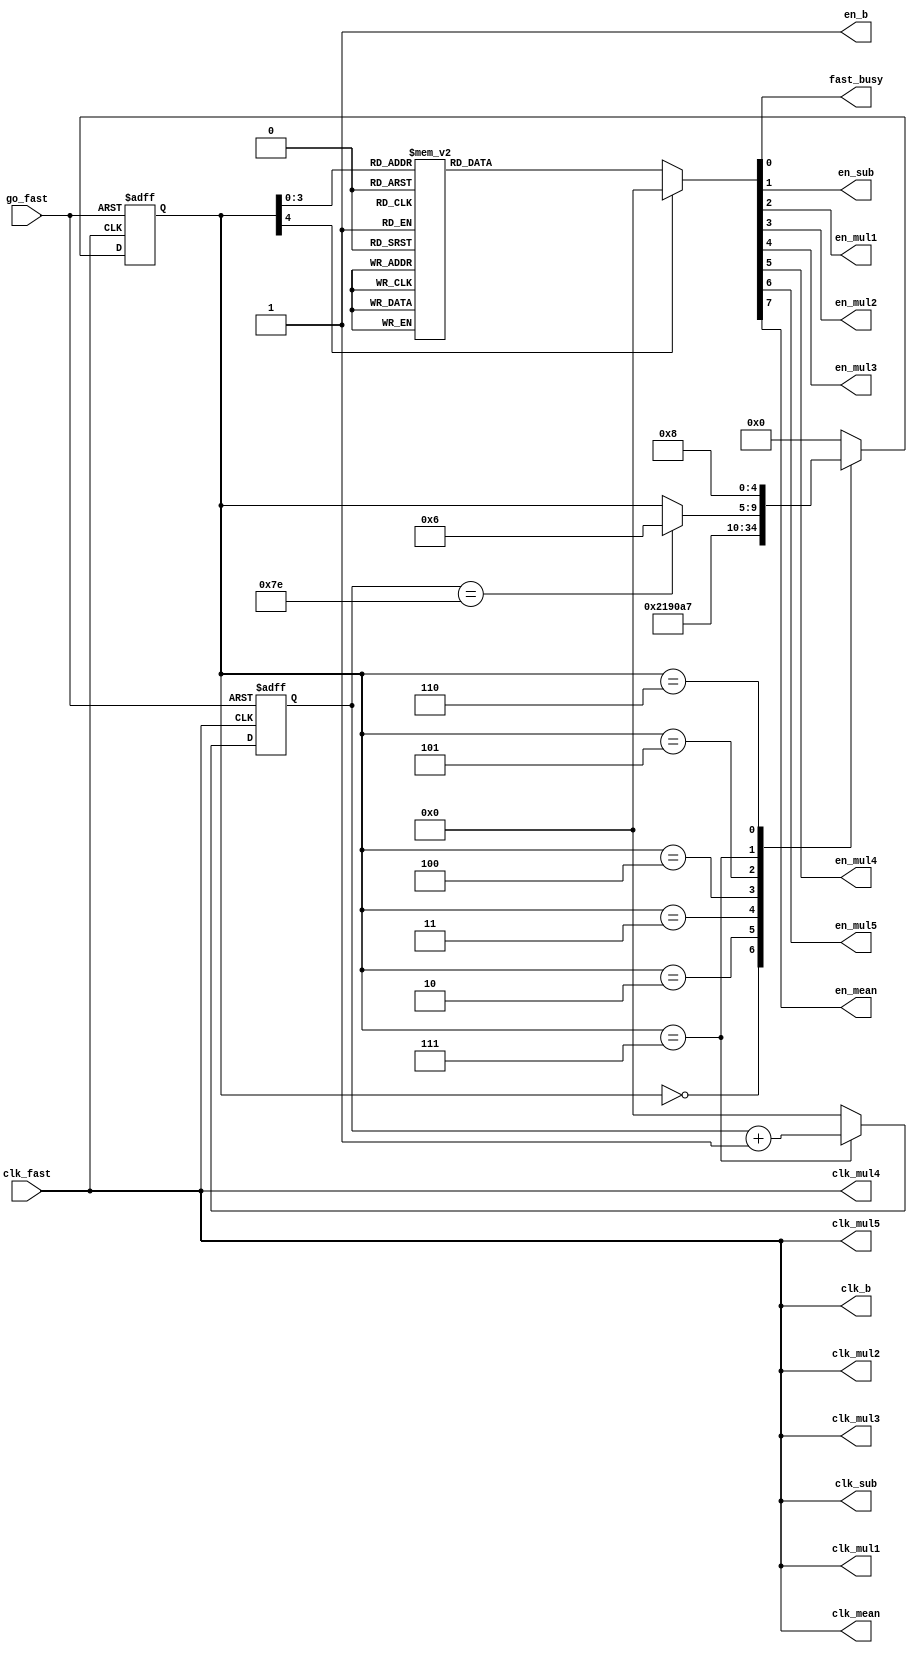
module ONE_UNIT_FAST_CONTROLLER #(
    parameter [4:0] INIT = 5'd0, // Enable B_DECISION
    parameter [4:0] MUL1 = 5'd2, // Enable mul
    parameter [4:0] MUL2 = 5'd3, // Enable mul
    parameter [4:0] MUL3 = 5'd4, // Enable mul
    parameter [4:0] MUL4 = 5'd5, // Enable mul
    parameter [4:0] MUL5 = 5'd6, // Enable mul
    parameter [4:0] MEAN = 5'd7, // Enable mean_calc for 128 clocks. Fast_Busy
    parameter [4:0] SUB = 5'd8, 
    parameter [4:0] PAUSE = 5'd9 // Disable every modules.
) (
    input clk_fast,
    input go_fast,

    output clk_b,
    output clk_sub,
    output clk_mul1,
    output clk_mul2,
    output clk_mul3,
    output clk_mul4,
    output clk_mul5,
    output clk_mean,

    output reg fast_busy,

    output reg en_b,
    output reg en_sub,
    output reg en_mul1,
    output reg en_mul2,
    output reg en_mul3,
    output reg en_mul4,
    output reg en_mul5,
    output reg en_mean
);

assign clk_b = clk_fast;
assign clk_sub = clk_fast;
assign clk_mul1 = clk_fast;
assign clk_mul2 = clk_fast;
assign clk_mul3 = clk_fast;
assign clk_mul4 = clk_fast;
assign clk_mul5 = clk_fast;
assign clk_mean = clk_fast;

reg [4:0] state;
reg [7:0] clk_cnt;

always @(*) begin
    en_b = 1'b1;
    case (state)
        INIT: begin
            fast_busy = 1'b0;
            // en_b = 1'b1;
            en_sub = 1'b0;
            en_mul1 = 1'b0;
            en_mul2 = 1'b0;
            en_mul3 = 1'b0;
            en_mul4 = 1'b0;
            en_mul5 = 1'b0;
            en_mean = 1'b0;
        end
        MUL1: begin
            fast_busy = 1'b1;
            // en_b = 1'b1;
            en_sub = 1'b0;
            en_mul1 = 1'b1;
            en_mul2 = 1'b0;
            en_mul3 = 1'b0;
            en_mul4 = 1'b0;
            en_mul5 = 1'b0;
            en_mean = 1'b0;
        end
        MUL2: begin
            fast_busy = 1'b1;
            // en_b = 1'b1;
            en_sub = 1'b0;
            en_mul1 = 1'b1;
            en_mul2 = 1'b1;
            en_mul3 = 1'b0;
            en_mul4 = 1'b0;
            en_mul5 = 1'b0;
            en_mean = 1'b0;
        end
        MUL3: begin
            fast_busy = 1'b1;
            // en_b = 1'b1;
            en_sub = 1'b0;
            en_mul1 = 1'b1;
            en_mul2 = 1'b1;
            en_mul3 = 1'b1;
            en_mul4 = 1'b0;
            en_mul5 = 1'b0;
            en_mean = 1'b0;
        end
        MUL4: begin
            fast_busy = 1'b1;
            // en_b = 1'b1;
            en_sub = 1'b0;
            en_mul1 = 1'b1;
            en_mul2 = 1'b1;
            en_mul3 = 1'b1;
            en_mul4 = 1'b1;
            en_mul5 = 1'b0;
            en_mean = 1'b0;
        end
        MEAN: begin
            fast_busy = 1'b1;
            // en_b = 1'b1;
            en_sub = 1'b0;
            en_mul1 = 1'b1;
            en_mul2 = 1'b1;
            en_mul3 = 1'b1;
            en_mul4 = 1'b1;
            en_mul5 = 1'b0;
            en_mean = 1'b1;
        end
        MUL5: begin
            fast_busy = 1'b1;
            // en_b = 1'b1;
            en_sub = 1'b0;
            en_mul1 = 1'b0;
            en_mul2 = 1'b0;
            en_mul3 = 1'b0;
            en_mul4 = 1'b0;
            en_mul5 = 1'b1;
            en_mean = 1'b1;
        end
        SUB: begin
            fast_busy = 1'b0;
            // en_b = 1'b1;
            en_sub = 1'b1;
            en_mul1 = 1'b0;
            en_mul2 = 1'b0;
            en_mul3 = 1'b0;
            en_mul4 = 1'b0;
            en_mul5 = 1'b0;
            en_mean = 1'b0;
        end
        default: begin
            fast_busy = 1'b0;
            // en_b = 1'b1;
            en_sub = 1'b0;
            en_mul1 = 1'b0;
            en_mul2 = 1'b0;
            en_mul3 = 1'b0;
            en_mul4 = 1'b0;
            en_mul5 = 1'b0;
            en_mean = 1'b0;
        end
    endcase
end

always @(posedge clk_fast or negedge go_fast) begin
    if (~go_fast) begin
        state <= INIT;
    end else begin
        case (state)
            INIT: begin
                state <= MUL1;
            end 
            MUL1: begin
                state <= MUL2;
            end
            MUL2: begin
                state <= MUL3;
            end
            MUL3: begin
                state <= MUL4;
            end
            MUL4: begin
                state <= MEAN;
            end
            MEAN: begin
                if (clk_cnt == 8'd126) begin
                    state <= MUL5;
                end
            end
            MUL5: begin
                state <= SUB;
            end
            SUB: begin
                state <= INIT;
            end
            
            default: begin
                state <= INIT;
            end
        endcase
    end
end

always @(posedge clk_fast or negedge go_fast) begin
    if (~go_fast) begin
        clk_cnt <= 8'd0;
    end else begin
        case (state)
            INIT, SUB: begin
                clk_cnt <= 8'd0;
            end
            MEAN: begin
                clk_cnt <= clk_cnt + 8'd1;
            end
            default: begin
                clk_cnt <= 8'd0;
            end
        endcase
    end
end

// always @(posedge clk_fast or negedge go_fast) begin
//     if (!go_fast) begin
//         state <= INIT;
//         clk_cnt <= 8'd0;
//     end else begin
//         if (state != next_state) begin
//             clk_cnt <= 8'd0;
//         end else begin
//             clk_cnt <= clk_cnt + 8'd1;
//         end
//         state <= next_state;
//     end
// end

// always @(*) begin
//     next_state = 5'bx;
//     case (state)
//             INIT: begin
//                 en_b_reg = 1'b1;
//                 en_mul1_reg = 1'b1;
//                 en_mul2_reg = 1'b1;
//                 en_mul3_reg = 1'b1;
//                 en_mul4_reg = 1'b1;
//                 en_mul5_reg = 1'b1;
//                 en_mean_reg = 1'b0;
//                 en_sub_reg = 1'b0;
//                 fast_busy_reg = 1'b1;

//                 if (clk_cnt == 8'd3) begin
//                     next_state = MEAN;
//                 end else begin
//                     next_state = INIT;
//                 end
//             end
//             MEAN: begin
//                 en_b_reg = 1'b1;
//                 en_mul1_reg = 1'b1;
//                 en_mul2_reg = 1'b1;
//                 en_mul3_reg = 1'b1;
//                 en_mul4_reg = 1'b1;
//                 en_mul5_reg = 1'b1;
//                 en_mean_reg = 1'b1;
//                 en_sub_reg = 1'b0;
//                 fast_busy_reg = 1'b1;

//                 if (clk_cnt == 8'd127) begin
//                     next_state = SUB;
//                 end else begin
//                     next_state = MEAN;
//                 end
//             end
//             SUB: begin
//                 en_b_reg = 1'b0;
//                 en_mul1_reg = 1'b0;
//                 en_mul2_reg = 1'b0;
//                 en_mul3_reg = 1'b0;
//                 en_mul4_reg = 1'b0;
//                 en_mul5_reg = 1'b0;
//                 en_mean_reg = 1'b0;
//                 en_sub_reg = 1'b1;
//                 fast_busy_reg = 1'b1;

//                 next_state = PAUSE;
//             end
//             PAUSE: begin
//                 en_b_reg = 1'b0;
//                 en_sub_reg = 1'b0;
//                 en_mul1_reg = 1'b0;
//                 en_mul2_reg = 1'b0;
//                 en_mul3_reg = 1'b0;
//                 en_mul4_reg = 1'b0;
//                 en_mul5_reg = 1'b0;
//                 en_mean_reg = 1'b0;
//                 fast_busy_reg = 1'b0;

//                 next_state = PAUSE;
//             end
//             default: begin
//                 en_b_reg = 1'b0;
//                 en_sub_reg = 1'b0;
//                 en_mul1_reg = 1'b0;
//                 en_mul2_reg = 1'b0;
//                 en_mul3_reg = 1'b0;
//                 en_mul4_reg = 1'b0;
//                 en_mul5_reg = 1'b0;
//                 en_mean_reg = 1'b0;
//                 fast_busy_reg = 1'b0;

//                 next_state = PAUSE;
//             end
//         endcase
// end

endmodule